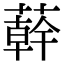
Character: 𦼮